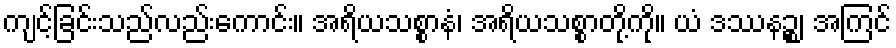
ကျင့်ခြင်းသည်လည်းကောင်း။ အရိယသစ္စာနံ၊ အရိယသစ္စာတို့ကို။ ယံ ဒဿနဉ္စ၊ အကြင်